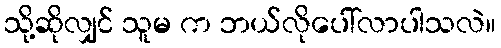
သို့ဆိုလျှင် သူမ က ဘယ်လိုပေါ်လာပါသလဲ။